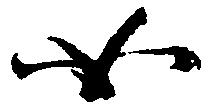
如